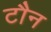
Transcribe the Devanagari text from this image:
टौन